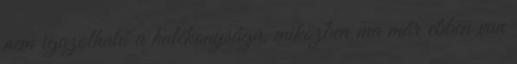
nem igazolható a hatékonysága, miközben ma már ebben van